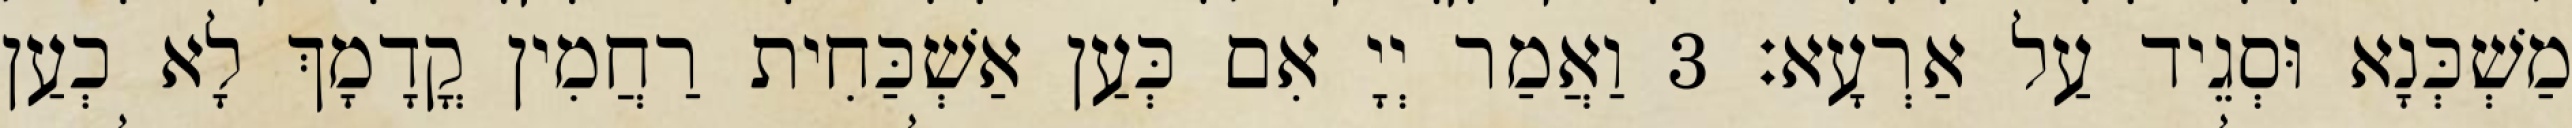
מַשְׁכְּנָא וּסְגֵיד עַל אַרְעָא׃ 3 וַאֲמַר יְיָ אִם כְּעַן אַשְׁכַּחִית רַחֲמִין קֳדָמָךְ לָא כְעַן